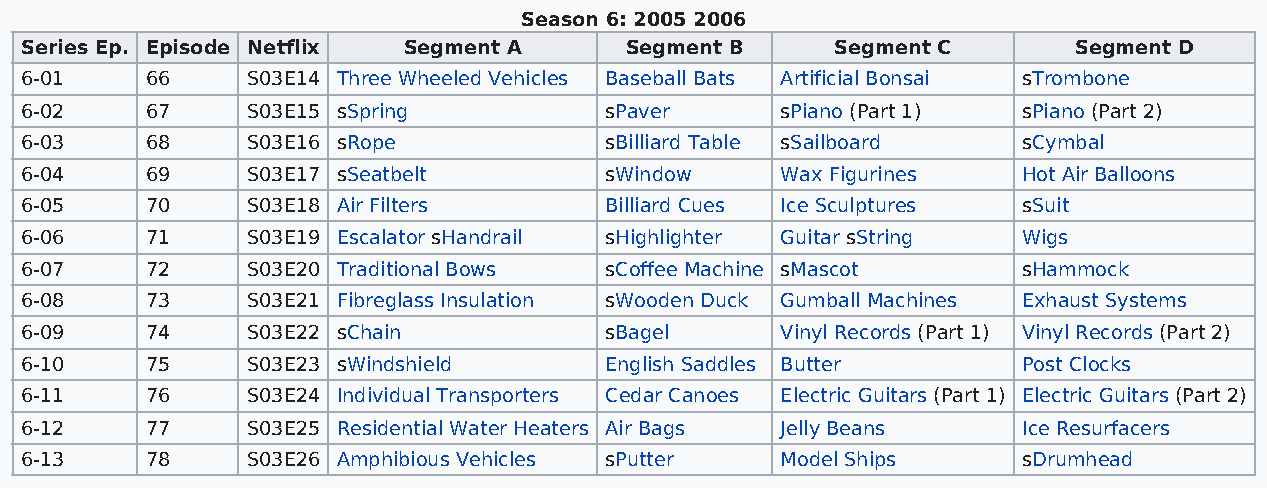
Season 6: 2005 2006
 Series Ep. Episode Netflix Segment A    Segment B     Segment C       Segment D
 6-01     66    S03E14 Three Wheeled Vehicles Baseball Bats Artificial Bonsai sTrombone
 6-02     67    S03E15 sSpring          sPaver      sPiano (Part 1) sPiano (Part 2)
 6-03     68    S03E16 sRope            sBilliard Table sSailboard  sCymbal
 6-04     69    S03E17 sSeatbelt        sWindow     Wax Figurines   Hot Air Balloons
 6-05     70    S03E18 Air Filters      Billiard Cues Ice Sculptures sSuit
 6-06     71    S03E19 Escalator sHandrail sHighlighter Guitar sString Wigs
 6-07     72    S03E20 Traditional Bows sCoffee Machine sMascot     sHammock
 6-08     73    S03E21 Fibreglass Insulation sWooden Duck Gumball Machines Exhaust Systems
 6-09     74    S03E22 sChain           sBagel      Vinyl Records (Part 1) Vinyl Records (Part 2)
 6-10     75    S03E23 sWindshield      English Saddles Butter      Post Clocks
 6-11     76    S03E24 Individual Transporters Cedar Canoes Electric Guitars (Part 1) Electric Guitars (Part 2)
 6-12     77    S03E25 Residential Water Heaters Air Bags Jelly Beans Ice Resurfacers
 6-13     78    S03E26 Amphibious Vehicles sPutter  Model Ships     sDrumhead